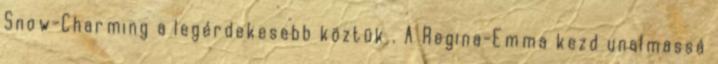
Snow-Charming a legérdekesebb köztük . A Regina-Emma kezd unalmassá